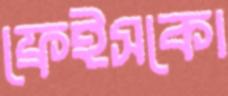
ফ্রেইসকো